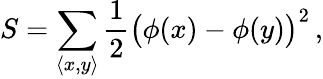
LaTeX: S=\sum_{\langle x,y\rangle}{\frac{1}{2}}{\big(}\phi(x)-\phi(y){\big)}^{2}\, ,